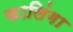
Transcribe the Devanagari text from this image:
कालिंगा